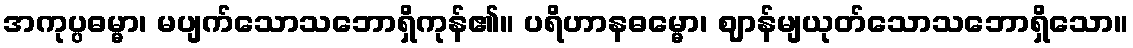
အကုပ္ပဓမ္မာ၊ မပျက်သောသဘောရှိကုန်၏။ ပရိဟာနဓမ္မော၊ ဈာန်မျယုတ်သောသဘောရှိသော။